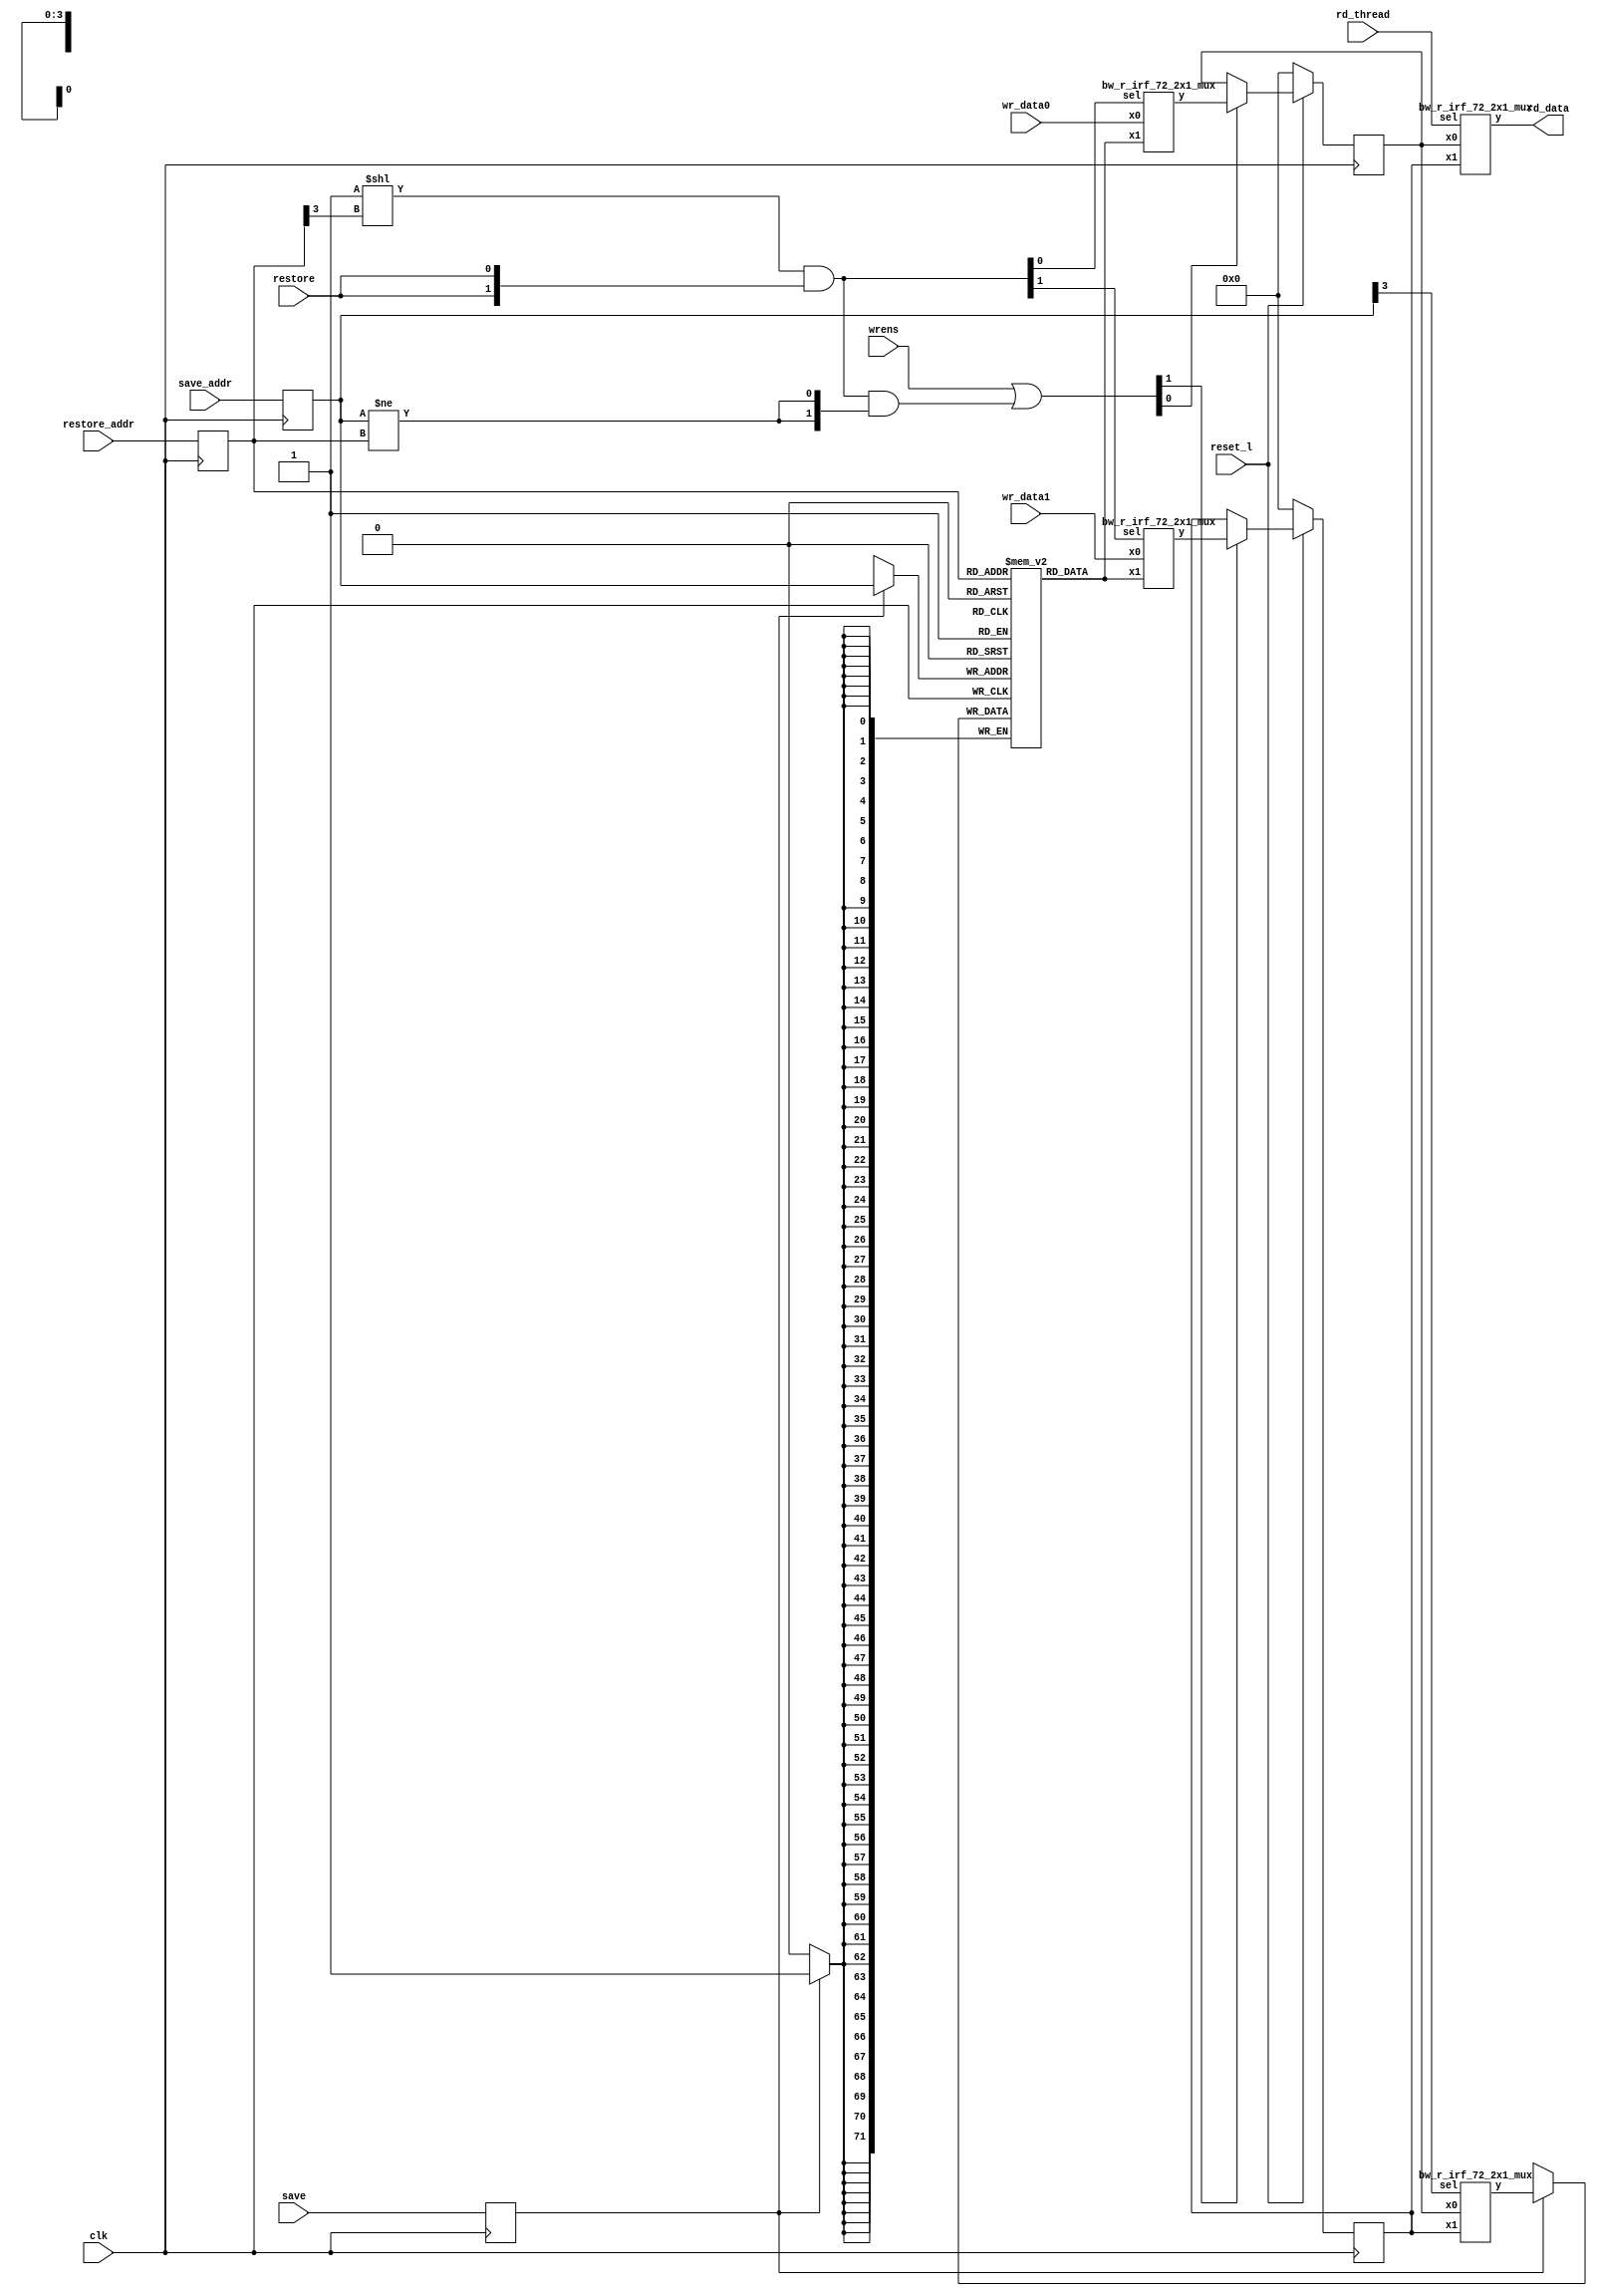
// Modified by Princeton Unviersity on June 9th, 2015
// ========== Copyright Header Begin ==========================================
// 
// OpenSPARC T1 Processor File: bw_r_irf_register.v
// Copyright (c) 2006 Sun Microsystems, Inc.  All Rights Reserved.
// DO NOT ALTER OR REMOVE COPYRIGHT NOTICES.
// 
// The above named program is free software; you can redistribute it and/or
// modify it under the terms of the GNU General Public
// License version 2 as published by the Free Software Foundation.
// 
// The above named program is distributed in the hope that it will be 
// useful, but WITHOUT ANY WARRANTY; without even the implied warranty of
// MERCHANTABILITY or FITNESS FOR A PARTICULAR PURPOSE.  See the GNU
// General Public License for more details.
// 
// You should have received a copy of the GNU General Public
// License along with this work; if not, write to the Free Software
// Foundation, Inc., 51 Franklin St, Fifth Floor, Boston, MA 02110-1301, USA.
// 
// ========== Copyright Header End ============================================

`ifdef FPGA_SYN_1THREAD

`ifdef FPGA_SYN_SAVE_BRAM


module bw_r_irf_register(clk, reset_l, wren, save, save_addr, restore, restore_addr, wr_data, rd_data);
	input		clk;
	input       reset_l;
	input		wren;
	input		save;
	input	[2:0]	save_addr;
	input		restore;
	input	[2:0]	restore_addr;
	input	[71:0]	wr_data;
	output	[71:0]	rd_data;
`ifdef FPGA_SYN_ALTERA
    reg	[35:0]	window[15:0]/* synthesis syn_ramstyle = block_ram*/; //  syn_ramstyle = no_rw_check */;
`else
    reg	[35:0]	window[15:0]/* synthesis syn_ramstyle = block_ram  syn_ramstyle = no_rw_check */;
`endif    
reg	[71:0]	onereg;

  // Alexey
  // use reset_l instead
  //initial onereg = 72'h0;
  always @(posedge clk) begin
    if (~reset_l)
        onereg <= 72'h0;
    else
        if (wr_en) onereg <= wrdata;
  end

  assign rd_data = onereg;

  reg [71:0] restore_data;
  wire [71:0] wrdata = restore ? restore_data : wr_data;

  wire wr_en = wren | restore;

//  always @(posedge clk) begin
//    if(wr_en) onereg <= wrdata;
//  end

  wire [2:0] addr = save ? save_addr : restore_addr;

  wire [3:0] addr1 = {1'b1, addr};
  wire [3:0] addr0 = {1'b0, addr};

  always @(negedge clk) begin
    if(save) window[addr1] <= wren ? wr_data[71:36] : rd_data[71:36];
    else restore_data[71:36] <= window[addr1];
  end

  always @(negedge clk) begin
    if(save) window[addr0] <= wren ? wr_data[35:0] : rd_data[35:0];
    else restore_data[35:0] <= window[addr0];
  end


endmodule


`else


module bw_r_irf_register(clk, reset_l, wren, save, save_addr, restore, restore_addr, wr_data, rd_data);
    input       clk;
    input       reset_l;
    input       wren;
    input       save;
    input   [2:0]   save_addr;
    input       restore;
    input   [2:0]   restore_addr;
    input   [71:0]  wr_data;
    output  [71:0]  rd_data;
`ifdef FPGA_SYN_ALTERA
    reg [71:0]  window[7:0]/* synthesis syn_ramstyle = block_ram*/; //  syn_ramstyle = no_rw_check */;
`else
reg [71:0]  window[7:0]/* synthesis syn_ramstyle = block_ram  syn_ramstyle = no_rw_check */;
`endif
reg [71:0]  onereg;

reg [2:0]   rd_addr;
reg [2:0]   wr_addr;
reg     save_d;
`ifdef FPGA_SYN_ALTERA
    integer k;

    initial
    begin
        for (k = 0; k < 8 ; k = k + 1)
        begin
            window[k] = 72'h0;  
        end
    end
`endif

  initial 
      begin
          // Alexey
          // reseted using reset_l
          // onereg = 72'b0;
          wr_addr = 3'h0;
          rd_addr = 3'h0;
      end
  
  always @(negedge clk) begin
    rd_addr = restore_addr;
  end

  always @(posedge clk) begin
    wr_addr <= save_addr;
  end
  always @(posedge clk) begin
    save_d <= save;
  end

  assign rd_data = onereg;

  wire [71:0] restore_data = window[rd_addr];
  wire [71:0] wrdata = restore ? restore_data : wr_data;

  wire wr_en = wren | (restore & (wr_addr != rd_addr));

  always @(posedge clk) begin
    if (~reset_l)
    begin
      onereg <= 72'h0;
    end
    else begin
      if(wr_en) onereg <= wrdata;
    end
  end
    
  always @(negedge clk) begin
    if(save_d) window[wr_addr] <= rd_data;
  end

endmodule

`endif

`else //FPGA_SYN_1THREAD


`ifndef CONFIG_NUM_THREADS

module bw_r_irf_register(clk, reset_l, wrens, save, save_addr, restore, restore_addr, wr_data0, wr_data1, rd_thread, rd_data);
    parameter NUM_WINDOW_ENTRIES = 16;
    parameter SHIFT_ADDR = 0;
	input		clk;
	input		reset_l;
	input	[1:0]	wrens;
	input		save;
	input	[3:0]	save_addr;
	input		restore;
	input	[3:0]	restore_addr;
	input	[71:0]	wr_data0;
	input	[71:0]	wr_data1;
	input		rd_thread;
	output	[71:0]	rd_data;
`ifdef FPGA_SYN_ALTERA
    reg	[71:0]	window[NUM_WINDOW_ENTRIES-1:0]/* synthesis syn_ramstyle = block_ram*/; //  syn_ramstyle = no_rw_check */;
`else
    reg	[71:0]	window[NUM_WINDOW_ENTRIES-1:0]/* synthesis syn_ramstyle = block_ram  syn_ramstyle = no_rw_check */;
`endif
reg	[71:0]	reg_th0, reg_th1;

reg	[3:0]	rd_addr;
reg	[3:0]	wr_addr;
reg		save_d;

// wentzlaff I disabled the initialization block. We are replacing the reset
// of reg_th0 and reg_th1 with a functional reset to zero done below
// initial begin
//  reg_th0 = 72'b0;
//  reg_th1 = 72'b0;
// end

bw_r_irf_72_2x1_mux mux2_1(
	.sel(rd_thread),
	.x0(reg_th0),
	.x1(reg_th1),
	.y(rd_data)
	);

  always @(negedge clk) begin
    rd_addr = restore_addr;
  end

  wire [71:0] restore_data = window[{(rd_addr[3:2]>>SHIFT_ADDR),rd_addr[1:0]}];

  always @(posedge clk) begin
    wr_addr <= save_addr;
  end
  always @(posedge clk) begin
    save_d <= save;
  end

  wire [71:0] save_data;

  bw_r_irf_72_2x1_mux mux2_2(
        .sel(wr_addr[3]),
        .x0(reg_th0),
        .x1(reg_th1),
        .y(save_data)
        );

  always @(negedge clk) begin
    if(save_d) window[{(wr_addr[3:2]>>SHIFT_ADDR),wr_addr[1:0]}] <= save_data;
  end

//Register implementation for 2 threads / 2 write & 1 restore port

  wire [1:0] restores = (1'b1 << rd_addr[3]) & {2{restore}};
  //wire [1:0] wren1s = (1'b1 << wr1_th) & {2{wren1}};
  //wire [1:0] wren2s = (1'b1 << wr2_th) & {2{wren2}};

  wire [71:0] wrdata0, wrdata1;

  bw_r_irf_72_2x1_mux mux2_5(
        .sel(restores[0]),
        .x0(wr_data0),
        .x1(restore_data),
        .y(wrdata0)
        );

  bw_r_irf_72_2x1_mux mux2_6(
        .sel(restores[1]),
        .x0(wr_data1),
        .x1(restore_data),
        .y(wrdata1)
        );

  //wire [1:0] wr_en = wren1s | wren2s | (restores & {2{(wr_addr[3:0] != rd_addr[3:0])}});
  wire [1:0] wr_en = wrens | (restores & {2{(wr_addr[3:0] != rd_addr[3:0])}});

  //144 Flops
  always @(posedge clk) begin
    if(!reset_l)
    begin
      reg_th0 <= 72'd0;
      reg_th1 <= 72'd0;
    end
    else
    begin
      if(wr_en[0]) reg_th0 <= wrdata0;
      if(wr_en[1]) reg_th1 <= wrdata1;
    end
  end
    
endmodule

`else

module bw_r_irf_register(clk, reset_l, wrens, save, save_addr, restore, restore_addr, wr_data0, wr_data1, wr_data2, wr_data3, rd_thread, rd_data);
	input		clk;
	input		reset_l;
	input	[3:0]	wrens;
	input		save;
	input	[4:0]	save_addr;
	input		restore;
	input	[4:0]	restore_addr;
	input	[71:0]	wr_data0;
	input	[71:0]	wr_data1;
	input	[71:0]	wr_data2;
	input	[71:0]	wr_data3;
	input	[1:0]	rd_thread;
	output	[71:0]	rd_data;
`ifdef FPGA_SYN_ALTERA
    reg	[71:0]	window[31:0]/* synthesis syn_ramstyle = block_ram*/; //  syn_ramstyle = no_rw_check */;
`else
    reg	[71:0]	window[31:0]/* synthesis syn_ramstyle = block_ram  syn_ramstyle = no_rw_check */;
`endif
reg	[71:0]	reg_th0, reg_th1, reg_th2, reg_th3;

reg	[4:0]	rd_addr;
reg	[4:0]	wr_addr;
reg		save_d;

//initial begin
//  reg_th0 = 72'b0;
//  reg_th1 = 72'b0;
//  reg_th2 = 72'b0;
//  reg_th3 = 72'b0;
//end

bw_r_irf_72_4x1_mux mux4_1(
	.sel(rd_thread),
	.x0(reg_th0),
	.x1(reg_th1),
	.x2(reg_th2),
	.x3(reg_th3),
	.y(rd_data)
	);

  always @(negedge clk) begin
    rd_addr = restore_addr;
  end

  wire [71:0] restore_data = window[rd_addr];

  always @(posedge clk) begin
    wr_addr <= save_addr;
  end
  always @(posedge clk) begin
    save_d <= save;
  end

  wire [71:0] save_data;

  bw_r_irf_72_4x1_mux mux4_2(
        .sel(wr_addr[4:3]),
        .x0(reg_th0),
        .x1(reg_th1),
        .x2(reg_th2),
        .x3(reg_th3),
        .y(save_data)
        );

  always @(negedge clk) begin
    if(save_d) window[wr_addr] <= save_data;
  end

//Register implementation for 4 threads / 2 write & 1 restore port

  wire [3:0] restores = (1'b1 << rd_addr[4:3]) & {4{restore}};
  //wire [3:0] wren1s = (1'b1 << wr1_th) & {4{wren1}};
  //wire [3:0] wren2s = (1'b1 << wr2_th) & {4{wren2}};

  wire [71:0] wrdata0, wrdata1, wrdata2, wrdata3;

  bw_r_irf_72_2x1_mux mux2_5(
        .sel(restores[0]),
        .x0(wr_data0),
        .x1(restore_data),
        .y(wrdata0)
        );

  bw_r_irf_72_2x1_mux mux2_6(
        .sel(restores[1]),
        .x0(wr_data1),
        .x1(restore_data),
        .y(wrdata1)
        );

  bw_r_irf_72_2x1_mux mux2_7(
        .sel(restores[2]),
        .x0(wr_data2),
        .x1(restore_data),
        .y(wrdata2)
        );

  bw_r_irf_72_2x1_mux mux2_8(
        .sel(restores[3]),
        .x0(wr_data3),
        .x1(restore_data),
        .y(wrdata3)
        );

  //wire [3:0] wr_en = wren1s | wren2s | (restores & {4{(wr_addr[4:0] != rd_addr[4:0])}});
  wire [3:0] wr_en = wrens | (restores & {4{(wr_addr[4:0] != rd_addr[4:0])}});

  //288 Flops
  always @(posedge clk) begin
    if (~reset_l)
    begin
      reg_th0 <= 72'd0;
      reg_th1 <= 72'd0;
      reg_th2 <= 72'd0;
      reg_th3 <= 72'd0;
    end
    else
    begin
      if(wr_en[0]) reg_th0 <= wrdata0;
      if(wr_en[1]) reg_th1 <= wrdata1;
      if(wr_en[2]) reg_th2 <= wrdata2;
      if(wr_en[3]) reg_th3 <= wrdata3;
    end
  end
    
endmodule

module bw_r_irf_72_4x1_mux(sel, y, x0, x1, x2, x3);
  input [1:0] sel;
  input [71:0]  x0;
  input [71:0]  x1;
  input [71:0]  x2;
  input [71:0]  x3;
  output  [71:0] y;
  reg [71:0] y;

  always @(sel or x0 or x1 or x2 or x3)
    case(sel)
      2'b00: y = x0;
      2'b01: y = x1;
      2'b10: y = x2;
      2'b11: y = x3;
    endcase

endmodule
  
`endif


module bw_r_irf_72_2x1_mux(sel, y, x0, x1);
	input		sel;
	input	[71:0]	x0;
	input	[71:0]	x1;
	output	[71:0] y;
	reg	[71:0] y;

	always @(sel or x0 or x1)
		case(sel)
		  1'b0: y = x0;
		  1'b1: y = x1;
		endcase

endmodule
	
`endif